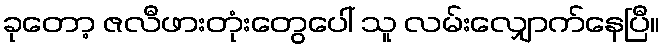
ခုတော့ ဇလီဖားတုံးတွေပေါ် သူ လမ်းလျှောက်နေပြီ။